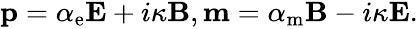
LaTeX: \begin{array}{r}{\mathbf{p}=\alpha_{\mathrm{e}}\mathbf{E}+i\kappa\mathbf{B},\mathbf{m}=\alpha_{\mathrm{m}}\mathbf{B}-i\kappa\mathbf{E}.}\end{array}